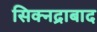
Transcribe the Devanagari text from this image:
सिक्नद्राबाद